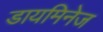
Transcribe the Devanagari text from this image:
डायमिनेज